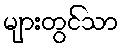
များတွင်သာ